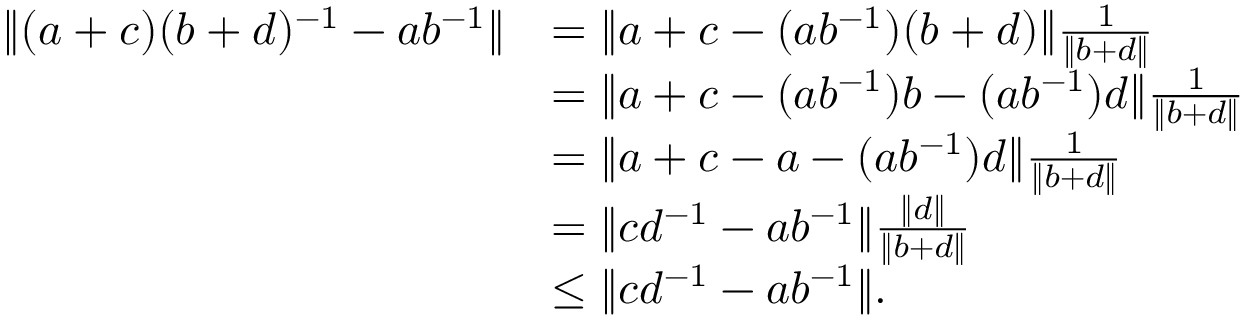
\begin{array} { r l } { \| ( a + c ) ( b + d ) ^ { - 1 } - a b ^ { - 1 } \| } & { = \| a + c - ( a b ^ { - 1 } ) ( b + d ) \| \frac { 1 } { \| b + d \| } } \\ & { = \| a + c - ( a b ^ { - 1 } ) b - ( a b ^ { - 1 } ) d \| \frac { 1 } { \| b + d \| } } \\ & { = \| a + c - a - ( a b ^ { - 1 } ) d \| \frac { 1 } { \| b + d \| } } \\ & { = \| c d ^ { - 1 } - a b ^ { - 1 } \| \frac { \| d \| } { \| b + d \| } } \\ & { \leq \| c d ^ { - 1 } - a b ^ { - 1 } \| . } \end{array}